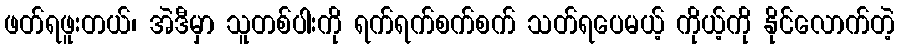
ဖတ်ရဖူးတယ်၊ အဲဒီမှာ သူတစ်ပါးကို ရက်ရက်စက်စက် သတ်ရပေမယ့် ကိုယ့်ကို နိုင်လောက်တဲ့